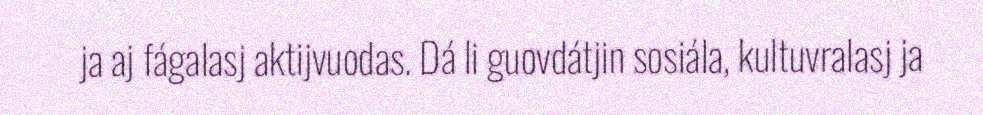
ja aj fágalasj aktijvuodas. Dá li guovdátjin sosiála, kultuvralasj ja